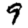
Digit: 9